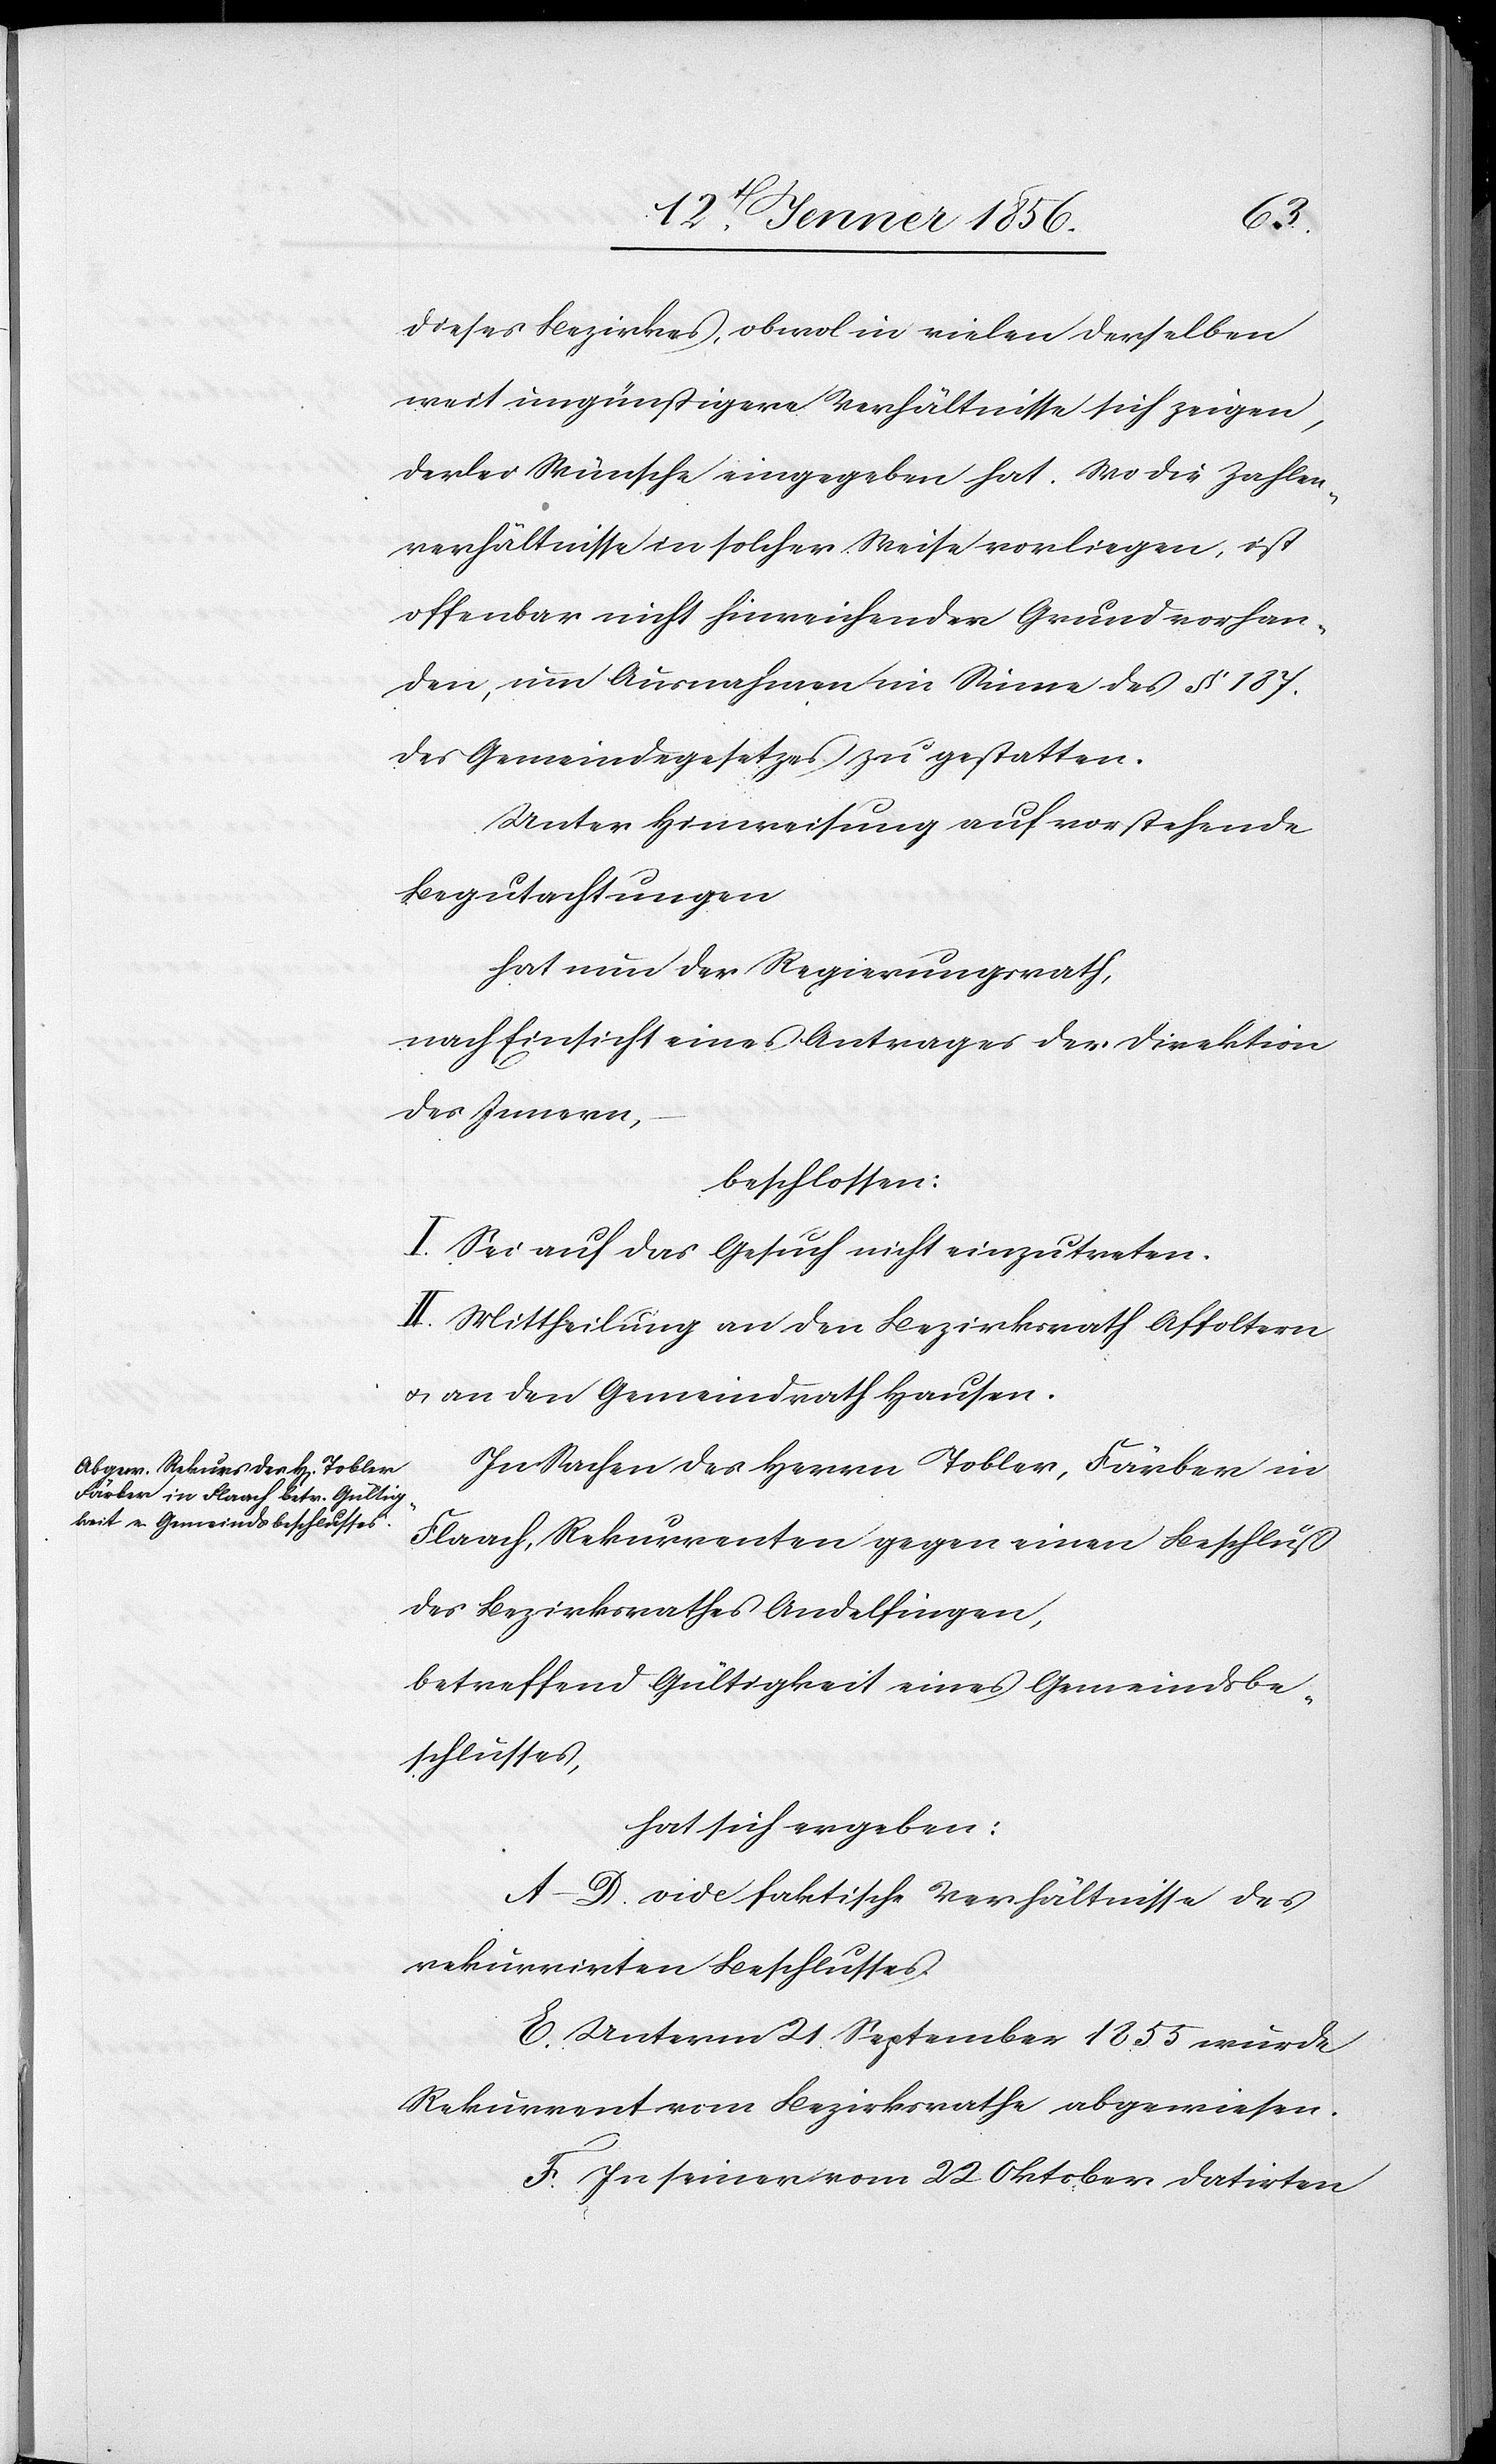
dieses Bezirkes, obwol in vielen derselben
weit ungünstigere Verhältnisse sich zeigen,
derlei Wünsche eingegeben hat. Wo die Zahlen¬
verhältnisse in solcher Weise vorliegen, ist
offenbar nicht hinreichender Grund vorhan¬
den, um Ausnahmen im Sinne des § 187.
des Gemeindegesetzes zu gestatten.
Unter Hinweisung auf vorstehende
Begutachtungen
hat nun der Regierungsrath,
nach Einsicht eines Antrages der Direktion
des Innern,
beschlossen:
I. Sei auf das Gesuch nicht einzutreten.
II. Mittheilung an den Bezirksrath Affoltern
u. an den Gemeindrath Hausen.
In Sachen des Herrn Tobler, Färber in
Flaach, Rekurrenten gegen einen Beschluß
des Bezirksrathes Andelfingen,
betreffend Gültigkeit eines Gemeindsbe¬
schlusses,
hat sich ergeben:
A–D. vide faktische Verhältnisse des
rekurrirten Beschlusses.
E. Unterm 21 September 1855 wurde
Rekurrent vom Bezirksrathe abgewiesen.
F. In seiner vom 22 Oktober datirten